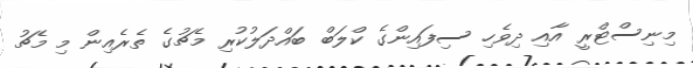
މިނިސްޓްރީ އާއި ދިވެހި ސިފައިންގެ ކްލަބް ބައްދަލުކުރި މެޗުގެ ތެރެއިން މި މެޗު